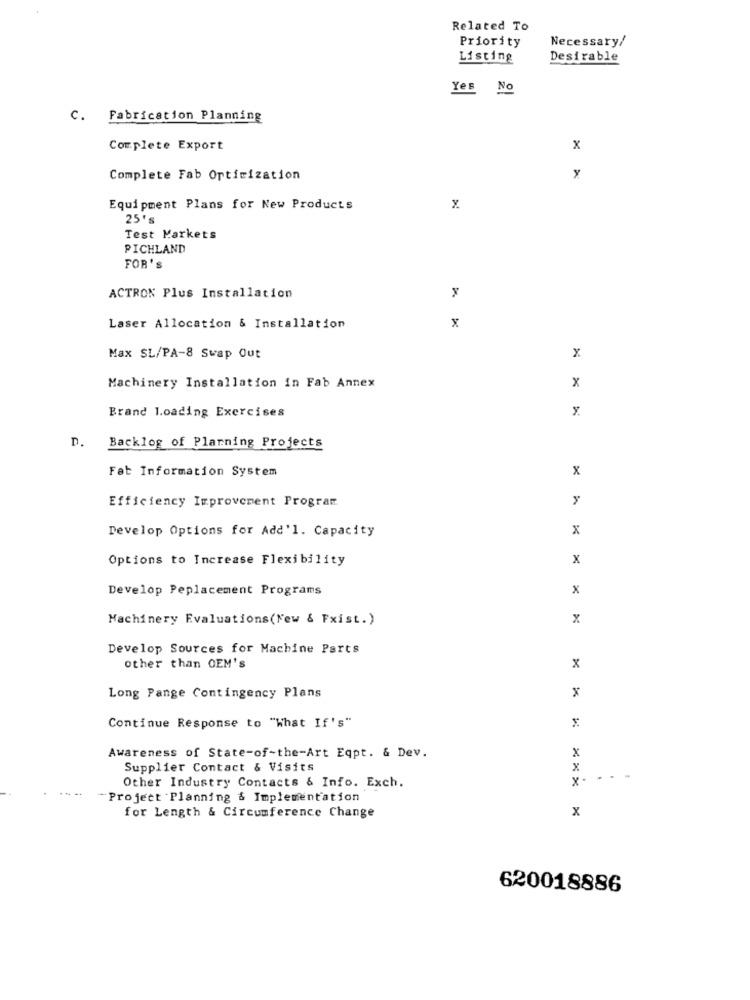
Related To
Necessary/
Priority
Listing
Desirable
Yes No
C. Fabrication Planning
Complete Export
x
Complete Fab Orticization
Equipment Plans for New Products
25's
Test Markets
PICHLAND
FOR'S
ACTRON Plus Installation
Laser Allocation & Installation
x
Max SL/PA-8 Swap Out
x
Machinery Installation in Fab Annex
x
Brand Loading Exercises
D.
Backlog of Planning Projects
x
Fat Information System
Efficiency Improvement Program
Develop Options for Add'l. Capacity
x
Options to Increase Flexibility
x
Develop Peplacement Programs
x
Machinery Evaluations(New & Fxist.)
x
Develop Sources for Machine Parts
other than OEM's
x
x
Long Pange Contingency Plans
x
Continue Response to "What If's"
Awareness of State-of-the-Art Eqpt. & Dev.
x
Supplier Contact & Visits
x
Other Industry Contacts & Info. Exch.
Project Planning & Implementation
x
for Length & Circumference Change
620018886